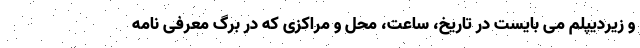
و زیردیپلم می بایست در تاریخ، ساعت، محل و مراکزی که در برگ معرفی نامه